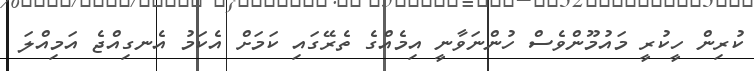
ކުރިން ހީކުރީ މައުމޫންވެސް ހުންނަވާނީ އިމެއްގެ ތެރޭގައި ކަމަށް އެކަމު އެނގިއްޖެ އަމިއްލަ